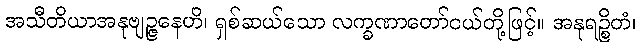
အသီတိယာအနုဗျဉ္ဇနေဟိ၊ ရှစ်ဆယ်သော လက္ခဏာတော်ငယ်တို့ဖြင့်။ အနုရဉ္စိတံ၊